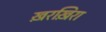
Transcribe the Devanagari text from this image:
ख़रख़िरा